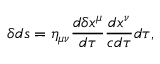
\delta d s = \eta _ { \mu \nu } { \frac { d \delta x ^ { \mu } } { d \tau } } { \frac { d x ^ { \nu } } { c d \tau } } d \tau ,